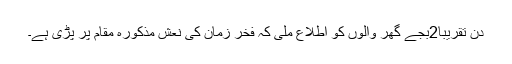
دن تقریباً2بجے گھر والوں کو اطلاع ملی کہ فخر زمان کی نعش مذکورہ مقام پر پڑی ہے۔